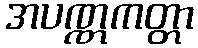
အပဏ္ဏကတ္တာ